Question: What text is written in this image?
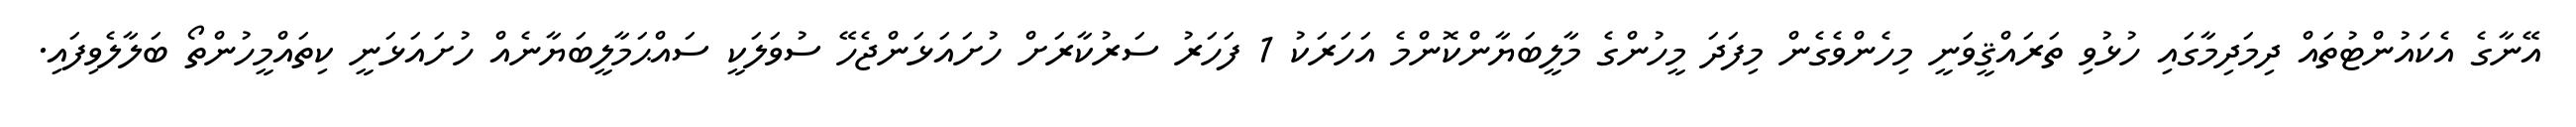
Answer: އޭނާގެ އެކައުންޓުތައް ދިމަދިމާގައި ހުޅުވި ތަރައްޤީވަނީ މިހެންވެގެން މިފަދަ މީހުންގެ މާލީބަޔާންކޮންމެ އަހަރަކު 1 ފަހަރު ސަރުކާރަށް ހުށައަޅަންޖެހޭ ސުވަލަކީ ސައްޙަމާލީބަޔާނެއް ހުށައަޅަނީ ކިތައްމީހުންތޯ ބަލާލެވިފައި.